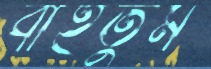
বাইতুম